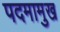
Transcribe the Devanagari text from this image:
पदमामुख